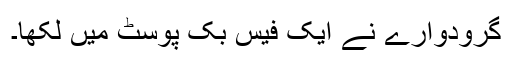
گرودوارے نے ایک فیس بک پوسٹ میں لکھا۔